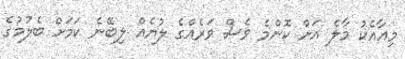
މިއާއެކު މާލެ އަށް ކޮންމެ ވެސް ވަރެއްގެ ލުޔެއް ލިބޭނެ ކަމަށް ބެލުމުގެ